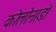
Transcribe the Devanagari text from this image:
कोलोनाडो